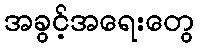
အခွင့်အရေးတွေ